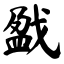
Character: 戤